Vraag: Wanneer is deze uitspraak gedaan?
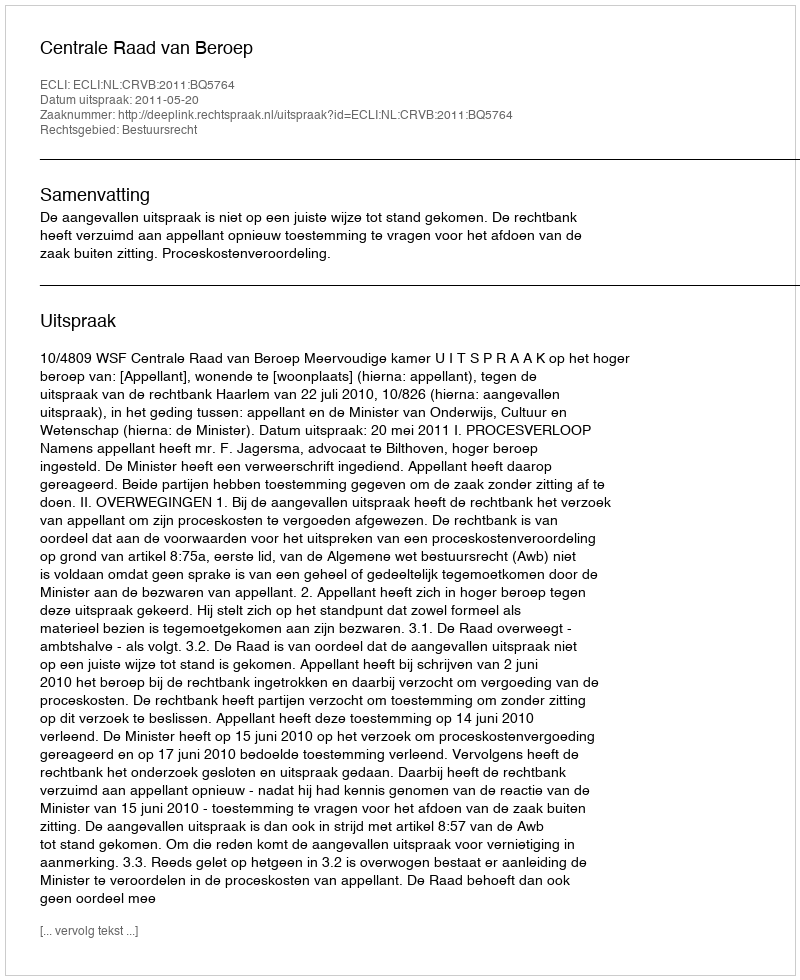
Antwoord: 2011-05-20